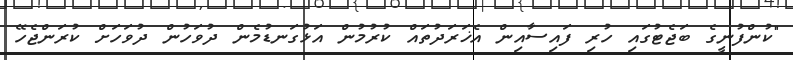
"ކުންފުނީގެ ބަޖެޓުގައި ހުރި ފައިސާއިން އެޚަރަދުތައް ކުރުމުން އަޅުގަނޑުމެން ދުވަހުން ދުވަހަށް ކުރަންޖެހޭ